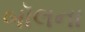
બૉલના